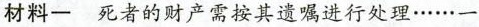
材料一死者的财产需按其遗嘱进行处理……一